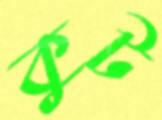
কুট